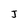
Character: J